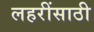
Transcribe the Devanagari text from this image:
लहरींसाठी